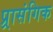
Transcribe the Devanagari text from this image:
प्र्रासंगिक